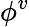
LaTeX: \phi^{v}